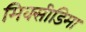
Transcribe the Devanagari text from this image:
मिक्सीडिमा